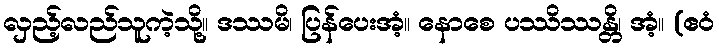
လှည့်လည်သူကဲ့သို့။ ဒဿမိ၊ ပြန်ပေးအံ့။ နောစေ ပဿိဿန္တိ၊ အံ့။ (ဧဝံ